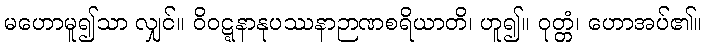
မဟောမူ၍သာ လျှင်။ ဝိဝဋ္ဋနာနုပဿနာဉာဏစရိယာတိ၊ ဟူ၍။ ဝုတ္တံ၊ ဟောအပ်၏။